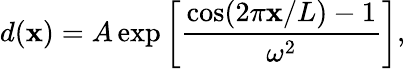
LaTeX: d(\mathbf{x})=A\exp\left[\frac{{\cos(2\pi\mathbf{x}/L)-1}}{{\omega^{2}}}\right],